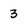
Character: 3